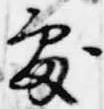
処